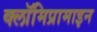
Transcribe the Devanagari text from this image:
क्लॉमिप्रामाइन